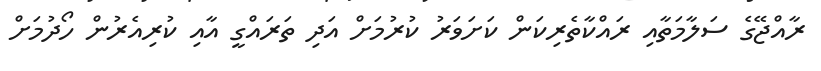
ރާއްޖޭގެ ސަލާމަތާއި ރައްކާތެރިކަން ކަށަވަރު ކުރުމަށް އަދި ތަރައްގީ އާއި ކުރިއެރުން ހޯދުމަށް